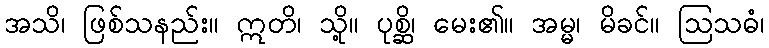
အသိ၊ ဖြစ်သနည်း။ ဣတိ၊ သို့။ ပုစ္ဆိ၊ မေး၏။ အမ္မ၊ မိခင်။ ဩသဓံ၊